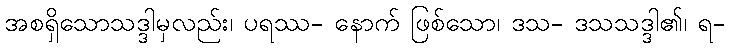
အစရှိသောသဒ္ဒါမှလည်း၊ ပရဿ- နောက် ဖြစ်သော၊ ဒသ- ဒသသဒ္ဒါ၏၊ ရ-